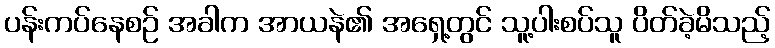
ပန်းကပ်နေစဉ် အခါက အာယနဲ၏ အရှေ့တွင် သူ့ပါးစပ်သူ ပိတ်ခဲ့မိသည့်